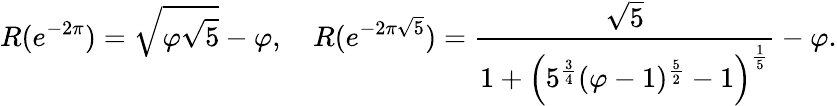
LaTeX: R(e^{-2\pi})={\sqrt{\varphi{\sqrt{5}}}}-\varphi,\quad R(e^{-2\pi{\sqrt{5}}})={\frac{\sqrt{5}}{1+\left(5^{\frac{3}{4}}(\varphi-1)^{\frac{5}{2}}-1\right)^{\frac{1}{5}}}}-\varphi.